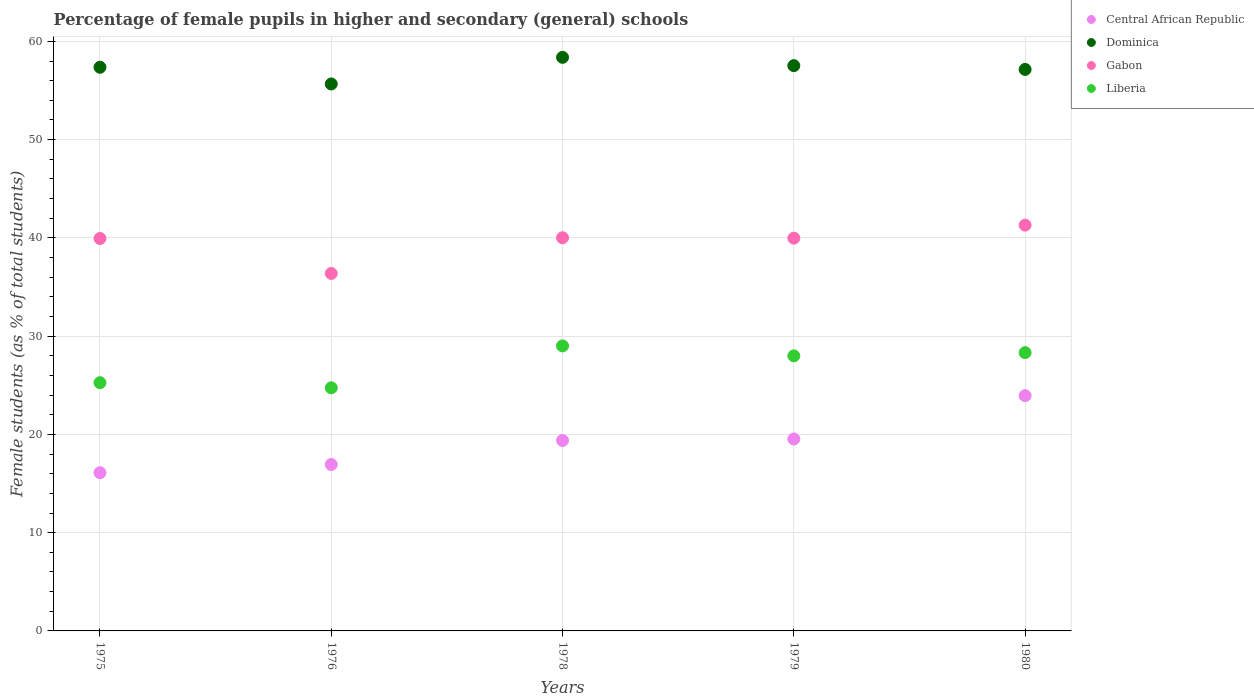
| Years | Central African Republic | Dominica | Gabon | Liberia |
 | --- | --- | --- | --- | --- |
 | 1975 | 16.1 | 57.4 | 39.9 | 25.3 |
 | 1976 | 16.9 | 55.7 | 36.4 | 24.7 |
 | 1978 | 19.4 | 58.4 | 40 | 29 |
 | 1979 | 19.5 | 57.5 | 40 | 28 |
 | 1980 | 23.9 | 57.1 | 41.3 | 28.3 |